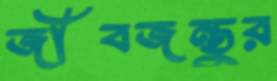
জীবজন্তুর